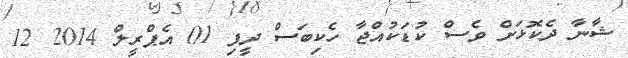
ޝާނާ ދެކޮޅަށް ވެސް ކުޑަކުއްޖާ ހެކިބަސް ދީފި 01 އެޕްރީލް 2014 12